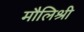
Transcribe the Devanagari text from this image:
मौलिश्री